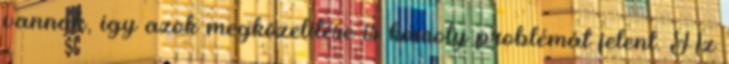
vannak, így azok megközelítése is komoly problémát jelent. Az